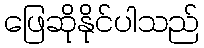
ဖြေဆိုနိုင်ပါသည်